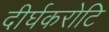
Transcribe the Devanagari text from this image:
दीर्घकरोटि